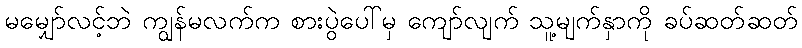
မမျှော်လင့်ဘဲ ကျွန်မလက်က စားပွဲပေါ်မှ ကျော်လျက် သူ့မျက်နှာကို ခပ်ဆတ်ဆတ်